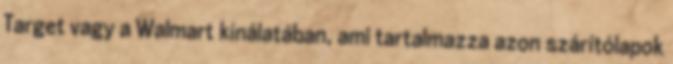
Target vagy a Walmart kínálatában, ami tartalmazza azon szárítólapok